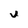
Character: j